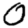
Digit: 0